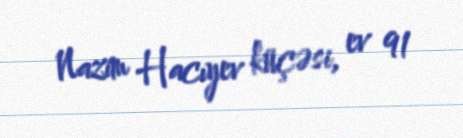
Nazim Hacıyev küçəsi, ev 91